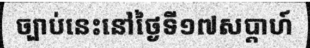
ច្បាប់នេះនៅថ្ងៃទី១៧សប្តាហ៍